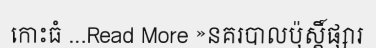
កោះធំ ...Read More »នគរបាលប៉ុស្តិ៍ផ្សារ